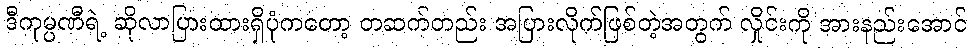
ဒီကုမ္ပဏီရဲ့ ဆိုလာပြားထားရှိပုံကတော့ တဆက်တည်း အပြားလိုက်ဖြစ်တဲ့အတွက် လှိုင်းကို အားနည်းအောင်